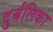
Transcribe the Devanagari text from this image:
दुर्बलिका